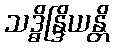
သဒ္ဓိန္ဒြိယန္တိ